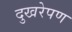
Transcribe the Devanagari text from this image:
दुखरेपण